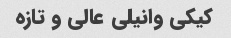
کیکی وانیلی عالی و تازه